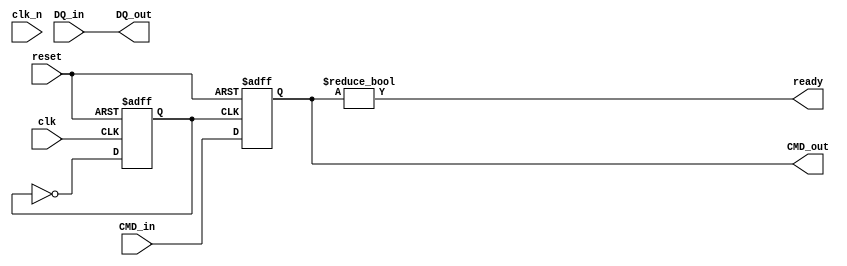
module gDDR5_IO_Block (
    input  wire        clk,         // Differential Clock input
    input  wire        clk_n,       // Differential Clock input (inverted)
    input  wire [15:0] DQ_in,       // Data inputs (16 bits)
    output wire [15:0] DQ_out,      // Data outputs (16 bits)
    input  wire [3:0]  CMD_in,       // Command inputs
    output wire [3:0]  CMD_out,      // Command outputs
    output wire        ready,        // Ready signal
    input  wire        reset         // Reset signal
);

// Internal signals
wire [15:0] serialized_data;
wire [15:0] deserialized_data;

// Clock Management, PLL, etc. (simplified)
reg clk_out;

// Clock domain crossing (example)
always @(posedge clk or negedge reset) begin
    if (!reset)
        clk_out <= 0;
    else
        clk_out <= ~clk_out; // Example clock toggling for simple handling
end

// Data Serialization / Deserialization (simplified)
assign serialized_data = DQ_in; // Direct mapping for simplicity
assign DQ_out = serialized_data; // Direct mapping for simplicity

// Command and Control Logic
reg [3:0] cmd_reg;

always @(posedge clk_out or negedge reset) begin
    if (!reset)
        cmd_reg <= 4'b0000;
    else
        cmd_reg <= CMD_in; // Capture command input
end

assign CMD_out = cmd_reg; // Output captured command

// Ready signal logic (simplified)
assign ready = (cmd_reg != 4'b0000); // Ready if there is a command

// Additional functionalities can be added here: 
// - ECC implementation
// - Read/Write control logic
// - Power management states, etc.

endmodule